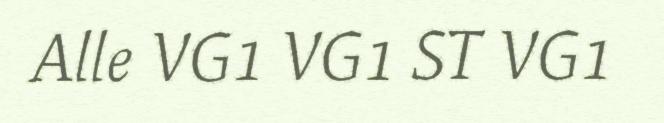
Alle VG1 VG1 ST VG1